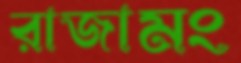
রাজামং